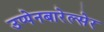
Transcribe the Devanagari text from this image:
उप्पेनबारेल्सेर